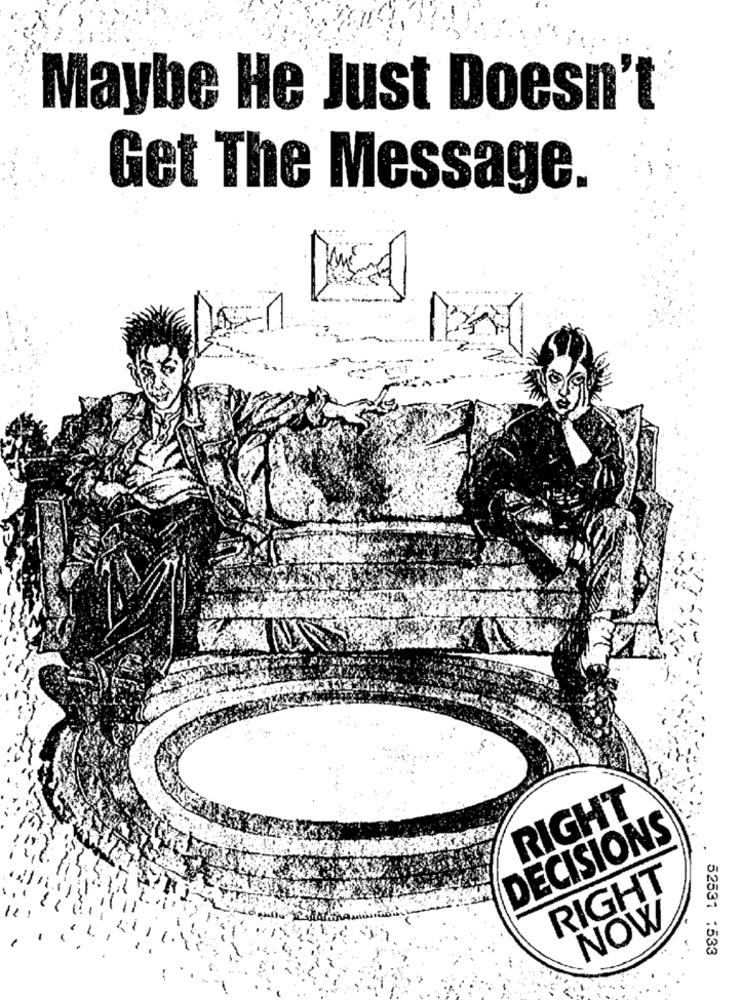
Maybe He Just Doesn't
Get The Message.
RIGHT
DECISIONS
RIGHT
11
NOW
52531 :533